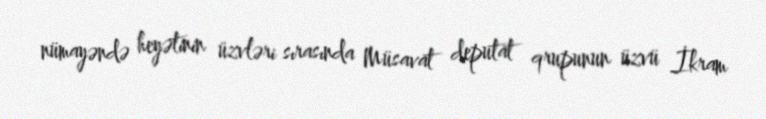
nümayəndə heyətinin üzvləri sırasında Müsavat deputat qrupunun üzvü İkram